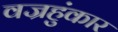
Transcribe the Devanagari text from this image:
वज्रहुंकार